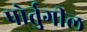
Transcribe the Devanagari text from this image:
पोर्तुगील